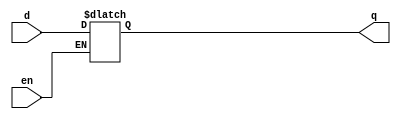
/***********************
    D Latch - Behavioural
***********************/

module Dlatch_bh(q,d,en);
input en,d;
output reg q;

always@(en,q)
    if(en) q=d;

endmodule